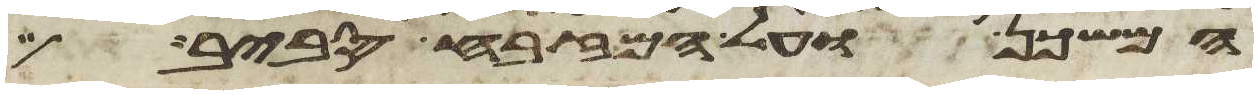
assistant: המשכן ועל המזבח סביב